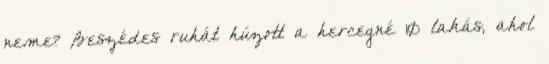
neme? Beszédes ruhát húzott a hercegné 10 lakás, ahol